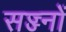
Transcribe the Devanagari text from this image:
सज्ज्नों